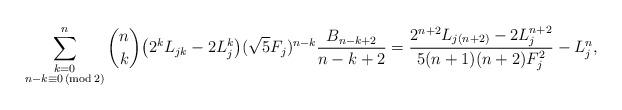
LaTeX: \begin{align*} \sum_{\substack{k=0 \\ n - k \equiv 0 \,(\mathrm {mod} \,2)}}^n \binom{n}{k} \big ( 2^k L_{jk} - 2 L_j^k \big ) (\sqrt{5} F_j)^{n-k} \frac{B_{n-k+2}}{n-k+2}= \frac{2^{n+2}L_{j(n+2)}-2L_j^{n+2}}{5(n+1)(n+2)F_j^2} - L_j^n, \end{align*}